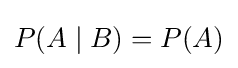
P(A\mid B)=P(A)